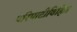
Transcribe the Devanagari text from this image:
परिपाटीविहित